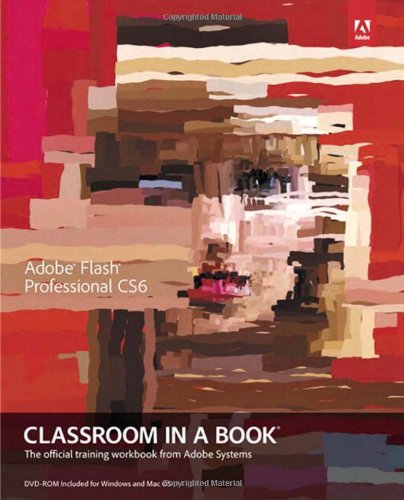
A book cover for Adobe Flash Professional CS6 Classroom in a Book; Adobe Creative Team; Computers & Technology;